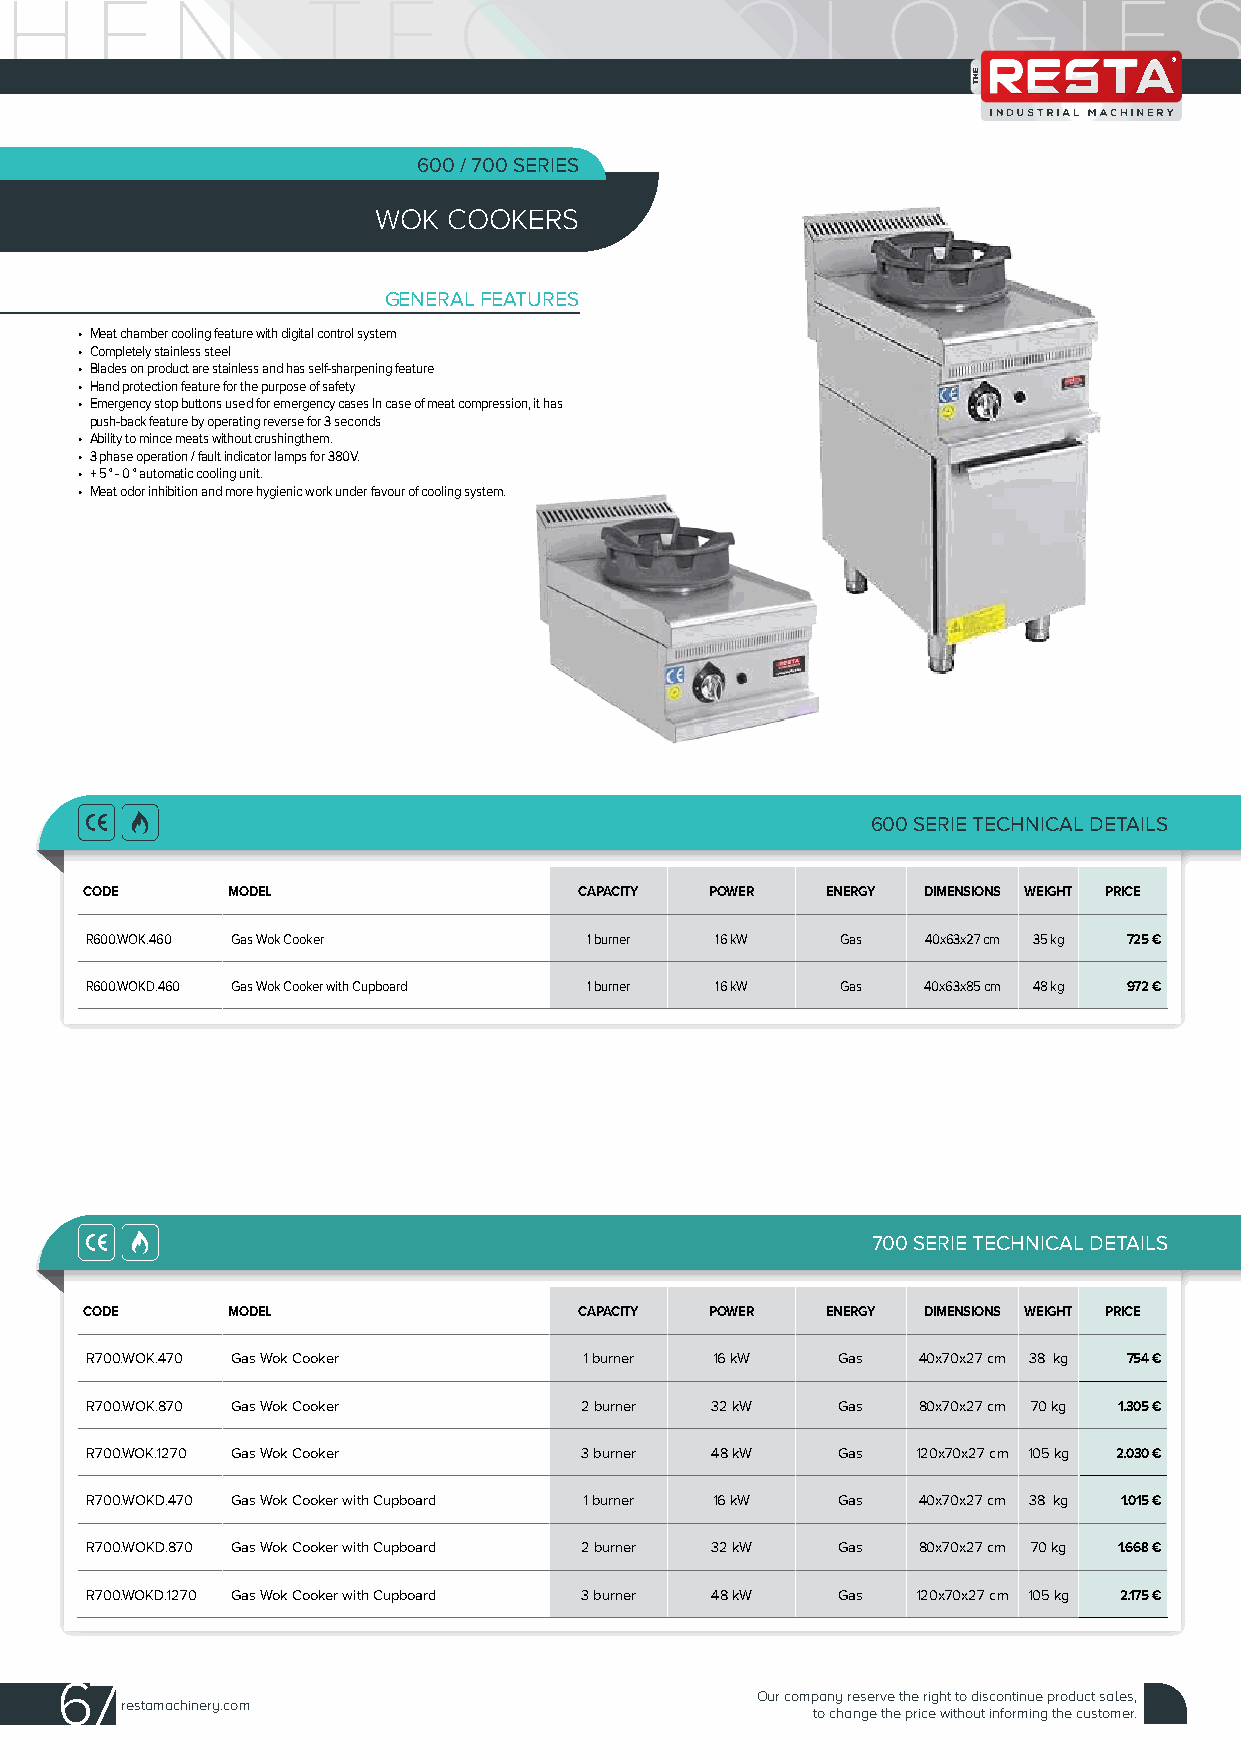
600 / 700 SERIES
 WOK  COOKERS
 GENERAL FEATURES
 • Meat chamber cooling feature with digital control system
 • Completely stainless steel
 • Blades on product are stainless and has self-sharpening feature
 • Hand protection feature for the purpose of safety
 • Emergency stop buttons used for emergency cases In case of meat compression, it has
 push-back feature by operating reverse for 3 seconds
 • Ability to mince meats without crushingthem.
 • 3 phase operation / fault indicator lamps for 380V.
 • + 5 ° - 0 ° automatic cooling unit.
 • Meat odor inhibition and more hygienic work under favour of cooling system.
 600 SERIE TECHNICAL DETAILS
 CODE     MODEL                  CAPACITY POWER   ENERGY DIMENSIONS WEIGHT PRICE
 R600.WOK.460 Gas Wok Cooker      1 burner 16 kW   Gas  40x63x27 cm 35 kg 725 €
 R600.WOKD.460 Gas Wok Cooker with Cupboard 1 burner 16 kW Gas 40x63x85 cm 48 kg 972 €
 700 SERIE TECHNICAL DETAILS
 CODE     MODEL                  CAPACITY POWER   ENERGY DIMENSIONS WEIGHT PRICE
 R700.WOK.470 Gas Wok Cooker      1 burner 16 kW  Gas   40x70x27 cm 38 kg 754 €
 R700.WOK.870 Gas Wok Cooker     2 burner 32 kW   Gas   80x70x27 cm 70 kg 1.305 €
 R700.WOK.1270 Gas Wok Cooker    3 burner 48 kW   Gas   120x70x27 cm 105 kg 2.030 €
 R700.WOKD.470 Gas Wok Cooker with Cupboard 1 burner 16 kW Gas 40x70x27 cm 38 kg 1.015 €
 R700.WOKD.870 Gas Wok Cooker with Cupboard 2 burner 32 kW Gas 80x70x27 cm 70 kg 1.668 €
 R700.WOKD.1270 Gas Wok Cooker with Cupboard 3 burner 48 kW Gas 120x70x27 cm 105 kg 2.175 €
 67
 Our company reserve the right to discontinue product sales,
 restamachinery.com
 to change the price without informing the customer.